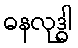
ဓနလုဒ္ဓါ